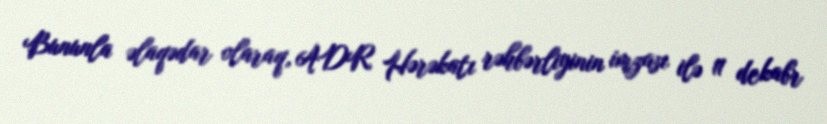
Bununla əlaqədar olaraq, ADR Hərəkatı rəhbərliyinin imzası ilə 11 dekabr